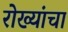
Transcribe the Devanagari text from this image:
रोख्यांचा